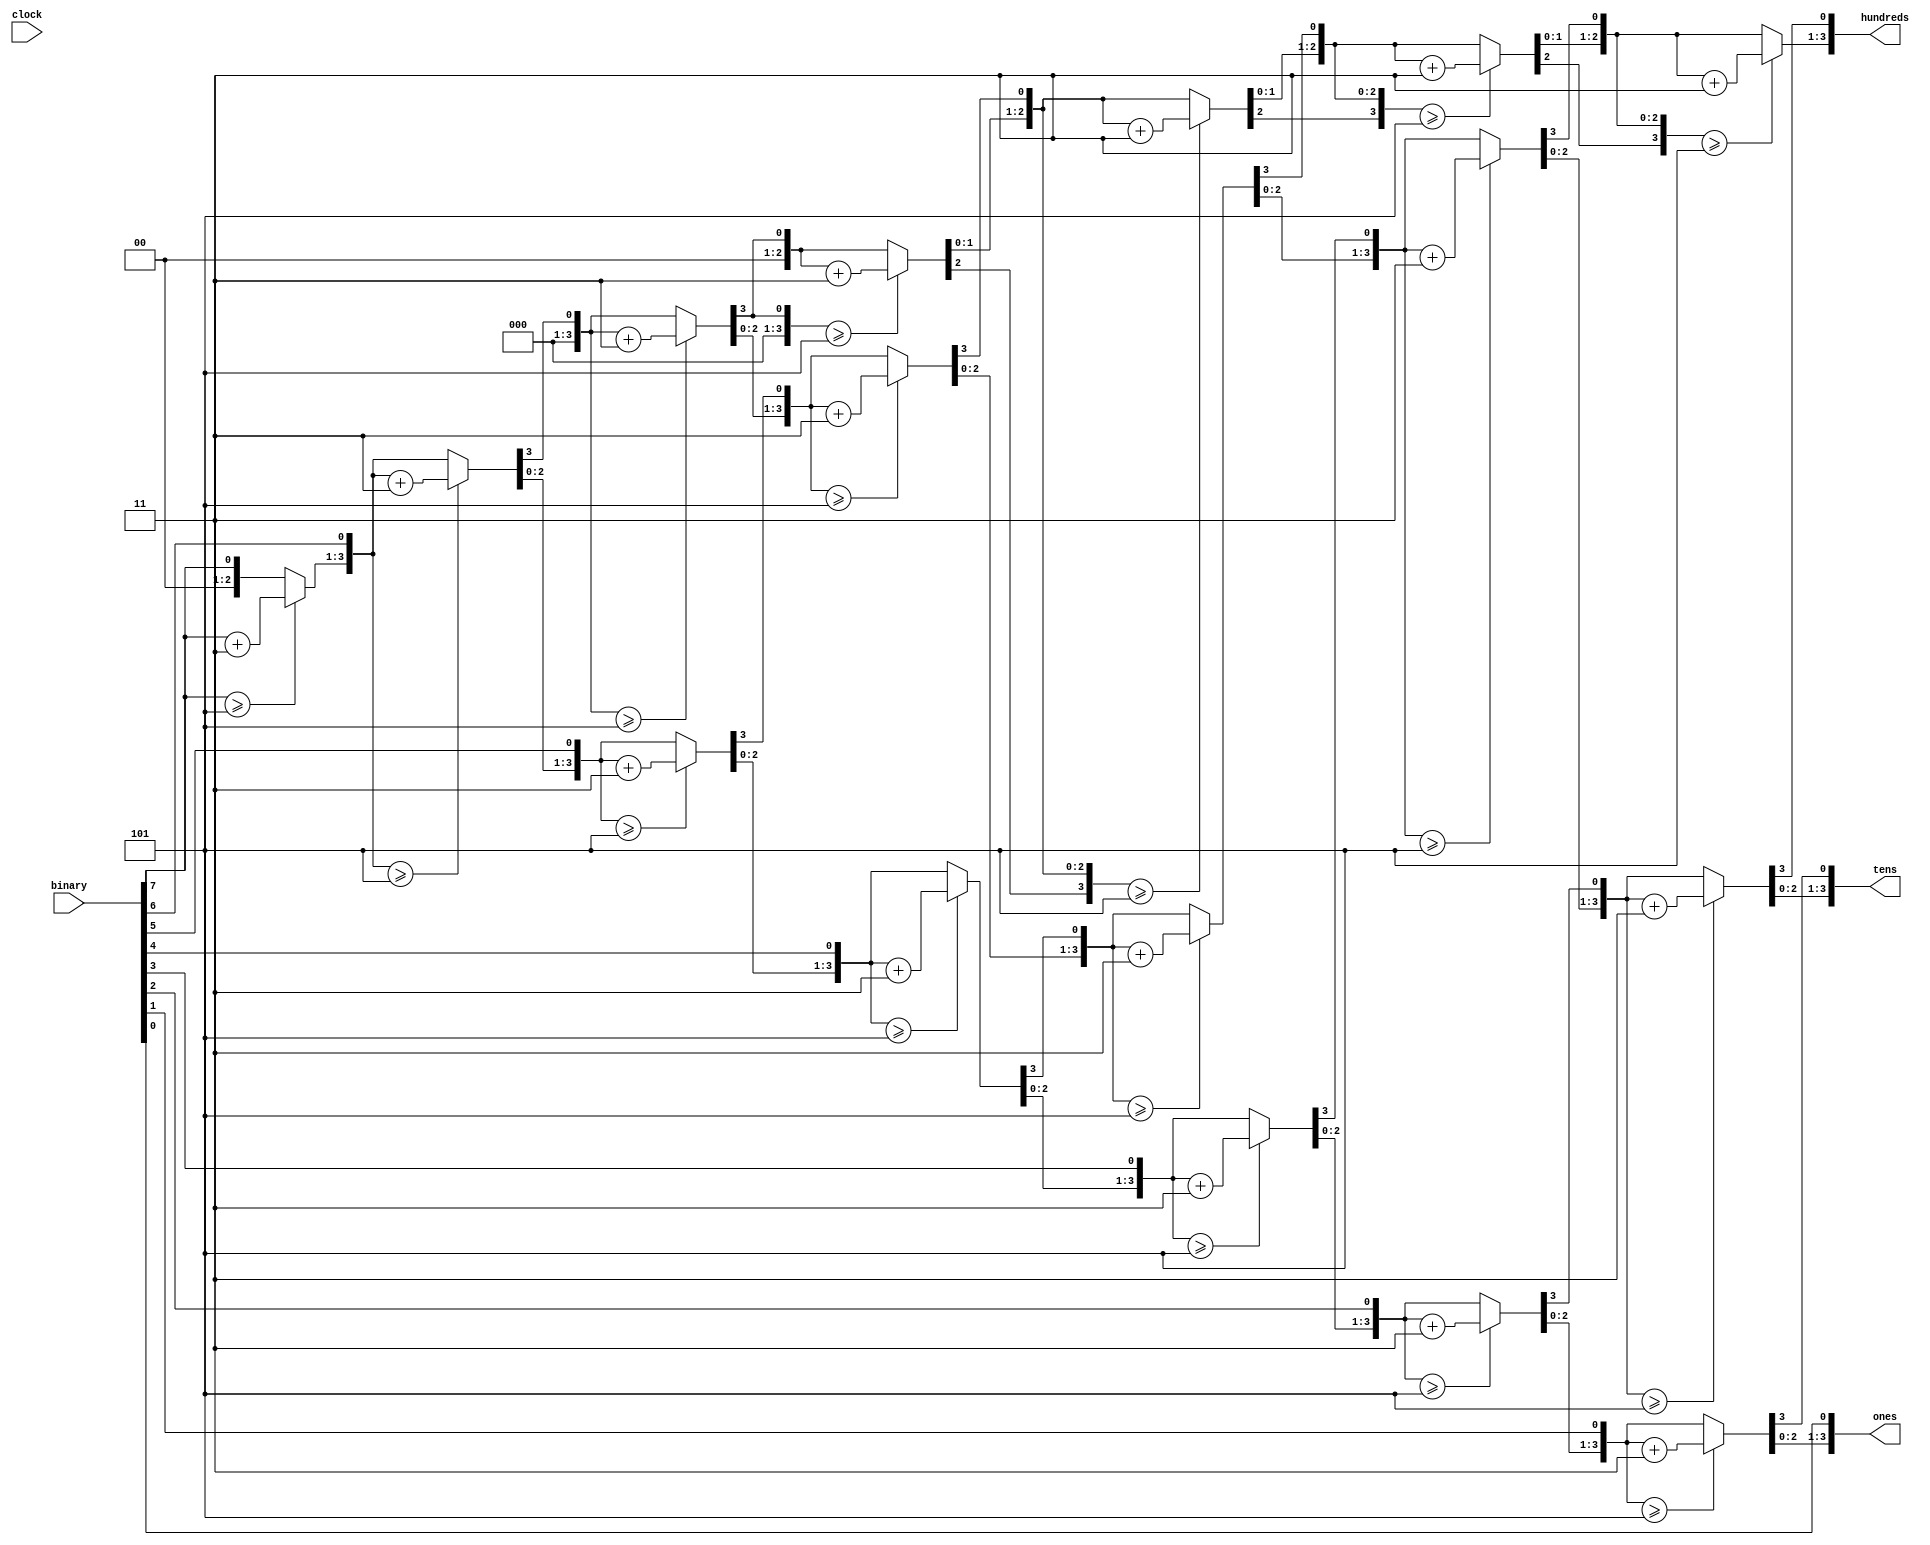

/*
 * 
 * ---------------------
 
 *
 * Binary 8 bit value can be converted to Decimal vulue, as hunderds, tens, ones values. 
 * This code is written for 7-segment display using for demical number.
 *  Treshold for this code is FF.
 * ------------
 
 *
 */

module BCD(



	input [7:0] binary ,
	output reg [3:0] hundreds,
	output reg [3:0] tens,
	output reg [3:0] ones,
	input clock
	
	);
 integer i;
 
 always @(binary)
 begin
	
	hundreds=4'd0;
	tens=4'd0;
	ones=4'd0;
	
	
	for(i=7;i>=0;i=i-1)
	
	begin 
	
	if(hundreds>=5)
	   hundreds=hundreds+3;
	
	if(tens>=5)
	   tens=tens+3;
	
	if(ones>=5)
	   ones=ones+3;
	
	
	hundreds=hundreds << 1;
	hundreds[0]=tens[3];
	tens=tens << 1;
	tens[0]=ones[3];
	ones=ones <<1;
	ones[0]=binary[i];
	
	end
	
	end
	endmodule